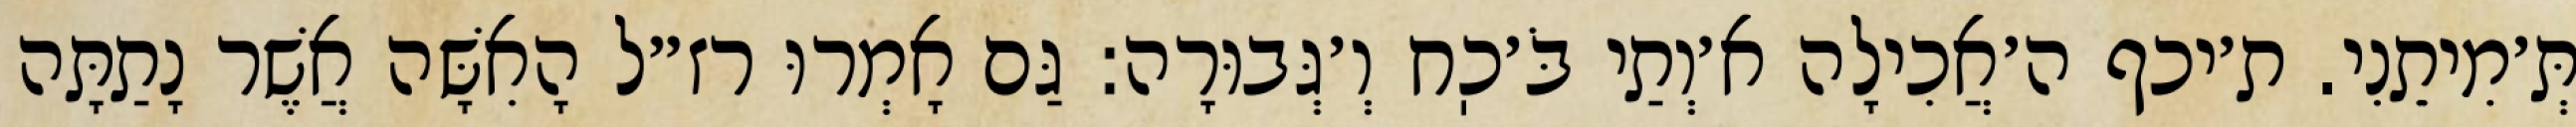
תְּ׳מִיתֵנִי. ת׳יכף ה׳אֲכִילָה א׳וְתַי בֹּ׳כֽח וְ׳גְּבוּרָה: גַּם אָמְרוּ רז״ל הָאִשָּׁה אֲשֶׁר נָתַתָּה